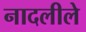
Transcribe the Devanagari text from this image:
नादलीले